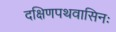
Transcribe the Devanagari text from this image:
दक्षिणपथवासिनः